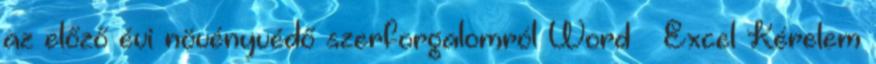
az előző évi növényvédő szerforgalomról Word Excel Kérelem